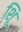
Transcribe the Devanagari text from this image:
शूि